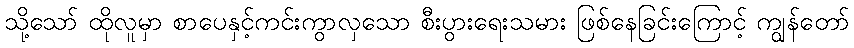
သို့သော် ထိုလူမှာ စာပေနှင့်ကင်းကွာလှသော စီးပွားရေးသမား ဖြစ်နေခြင်းကြောင့် ကျွန်တော်